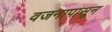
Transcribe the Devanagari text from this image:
वजनापासून